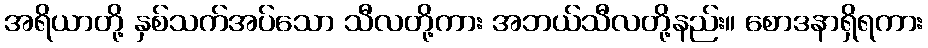
အရိယာတို့ နှစ်သက်အပ်သော သီလတို့ကား အဘယ်သီလတို့နည်း။ စောဒနာရှိရကား